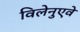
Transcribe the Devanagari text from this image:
विलेनुएवे